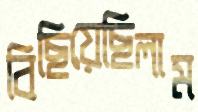
বিছিয়েছিলাম